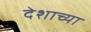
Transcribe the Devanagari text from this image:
देशाच्‍या